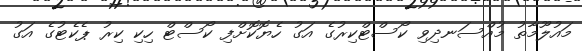
މައުލޫމާތު މުއްސަނދިވި ކޯސްޓްކިރުގެ އަގު ހެޔޮކޮށްފި ކޯސްޓް ހިކި ކިރު ޕެކެޓުގެ އަގު